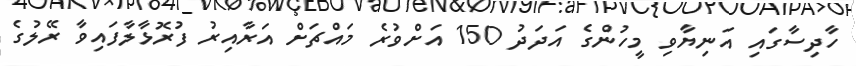
ހާދިސާގައި އަނިޔާވި މީހުންގެ އަދަދު 150 އަށްވުރެ މައްޗަށް އަރާއިރު ފުރޮޅާލާފައިވާ ރޭލުގެ